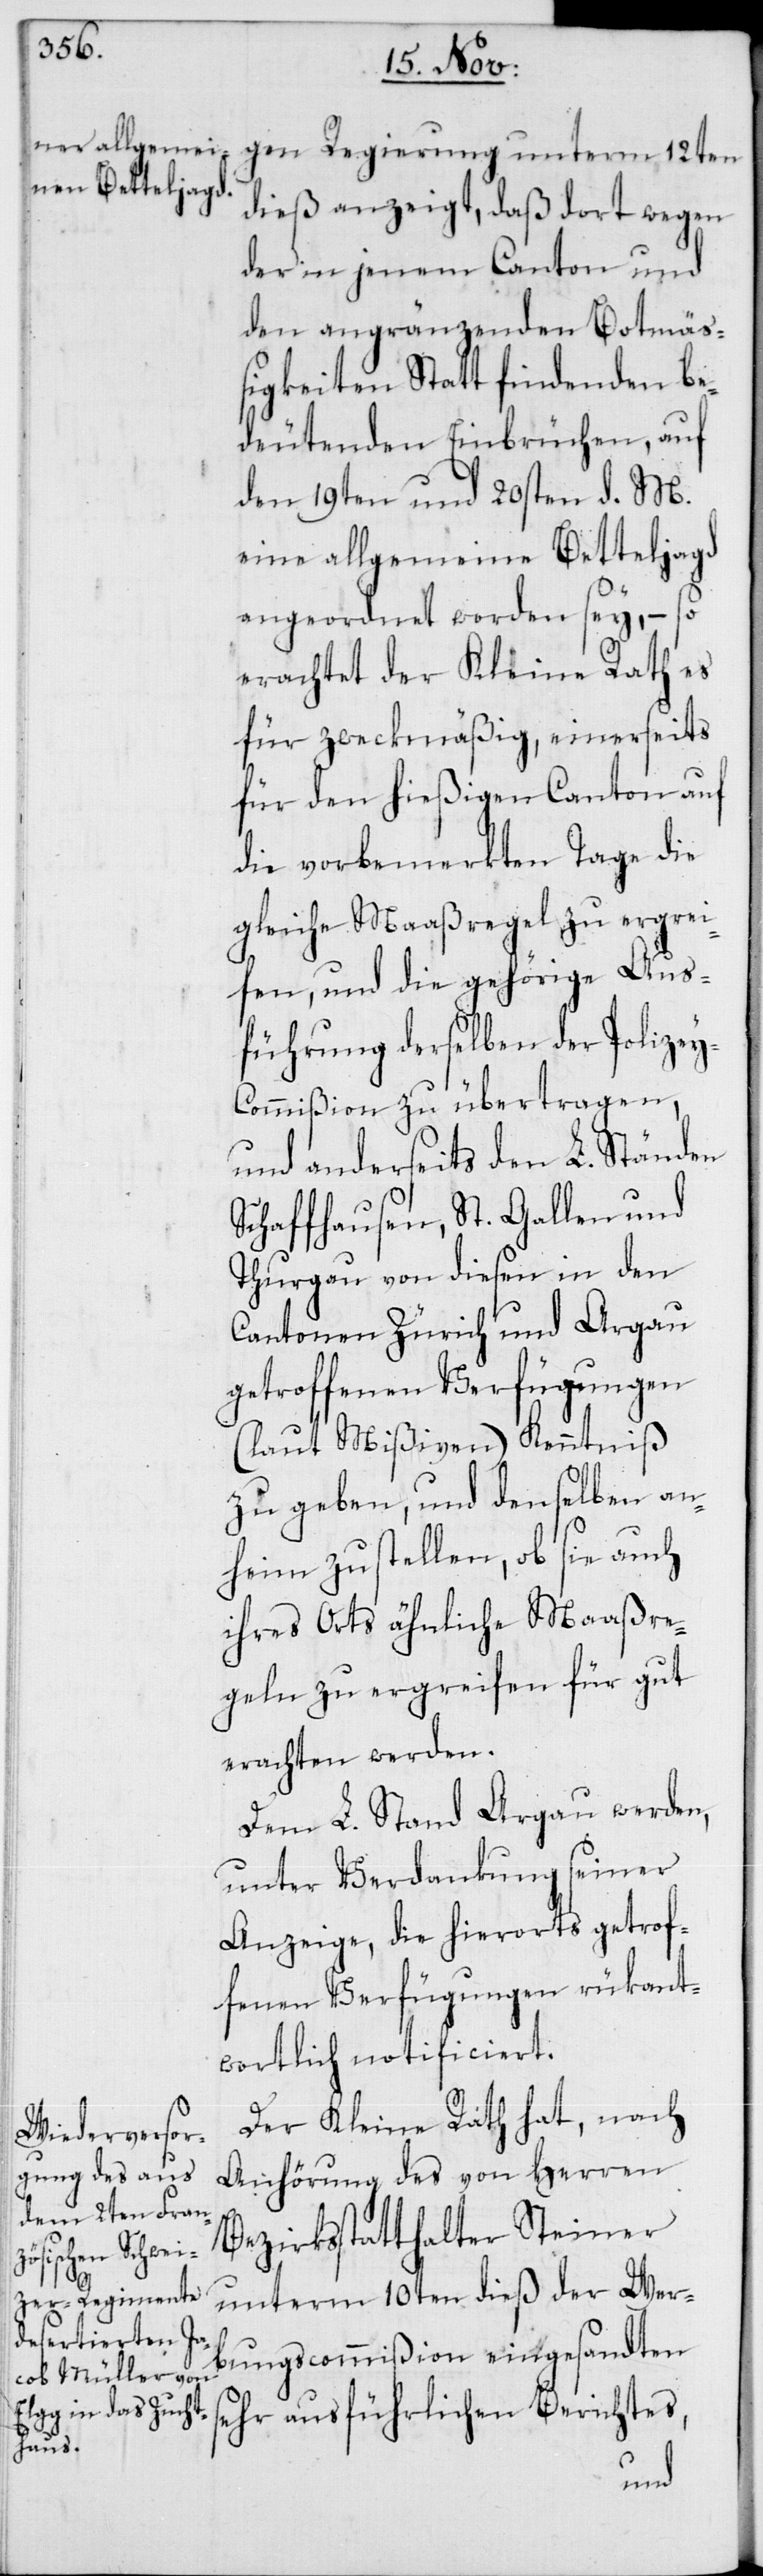
dieß anzeigt, daß dort wegen
der in jenem Canton und
den angränzenden Botmäß¬
igkeiten Statt findenden be¬
deutenden Einbrüchen, auf
den 19ten und 20sten d. M.
eine allgemeine Betteljagd
angeordnet worden sey, – so
erachtet der Kleine Rath es
für zweckmäßig, einerseits
für den hießigen Canton auf
die vorbemerkten Tage die
gleiche Maaßregel zu ergrei¬
fen, und die gehörige Aus¬
führung derselben der Polize¬
y-Commißion zu übertragen,
und anderseits den L. Ständen
Schaffhausen, St. Gallen und
Thurgau von diesen in den
Cantonen Zürich und Argau
getroffenen Verfügungen
(laut Mißiven) Kenntniß
zu geben, und denselben an¬
heim zu stellen, ob sie auch
ihres Orts ähnliche Maaßre¬
geln zu ergreifen für gut
erachten werden.
Dem L. Stand Aargau werden,
unter Verdankung seiner
Anzeige, die hierorts getrof¬
fenen Verfügungen rükant¬
wortlich notificiert.
Der Kleine Rath hat, nach
Anhörung des von Herren
Bezirksstatthalter Steiner
unterm 10ten dieß der Wer¬
bungscommißion eingesandten
sehr ausführlichen Berichtes,